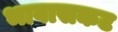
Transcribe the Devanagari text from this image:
भावासकट